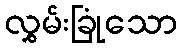
လွှမ်းခြုံသော